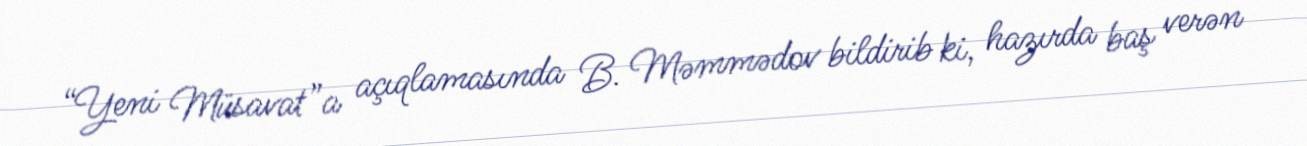
“Yeni Müsavat”a açıqlamasında B. Məmmədov bildirib ki, hazırda baş verən